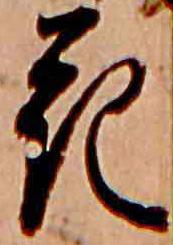
花